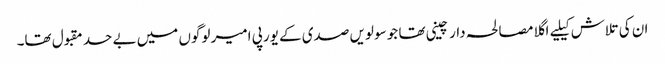
ان کی تلاش کیلیے اگلا مصالحہ دار چینی تھا جو سولویں صدی کے یورپی امیر لوگوں میں بے حد مقبول تھا۔